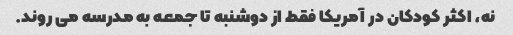
نه، اکثر کودکان در آمریکا فقط از دوشنبه تا جمعه به مدرسه می روند.